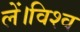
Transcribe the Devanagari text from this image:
लें।विश्व